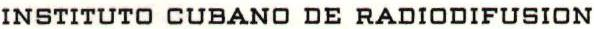
INSTITUTO CUBANO DE RADIODIFUSION